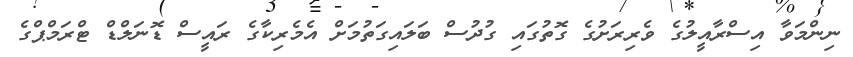
ނިންމަވާ އިސްރާއީލުގެ ވެރިރަށުގެ ގޮތުގައި ގުދުސް ބަލައިގަތުމަށް އެމެރިކާގެ ރައީސް ޑޮނަލްޑް ޓްރަމްޕްގެ